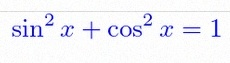
\sin^2x+\cos^2x=1